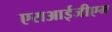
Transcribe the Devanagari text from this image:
एसआईजीएम